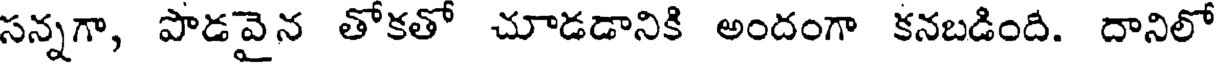
సన్నగా, పొడవైన తోకతో చూడడానికి అందంగా కనబడింది. దానిలో